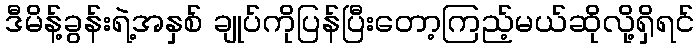
ဒီမိန့်ခွန်းရဲ့အနှစ် ချုပ်ကိုပြန်ပြီးတော့ကြည့်မယ်ဆိုလို့ရှိရင်